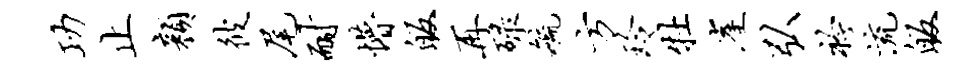
功止颜彼尾耐懵皈再碌毓方玲牡崖弘衿流皈